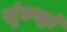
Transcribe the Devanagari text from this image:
लुंडस्ट्राॅ